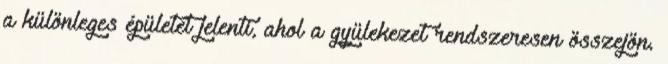
a különleges épületet jelenti, ahol a gyülekezet rendszeresen összejön.